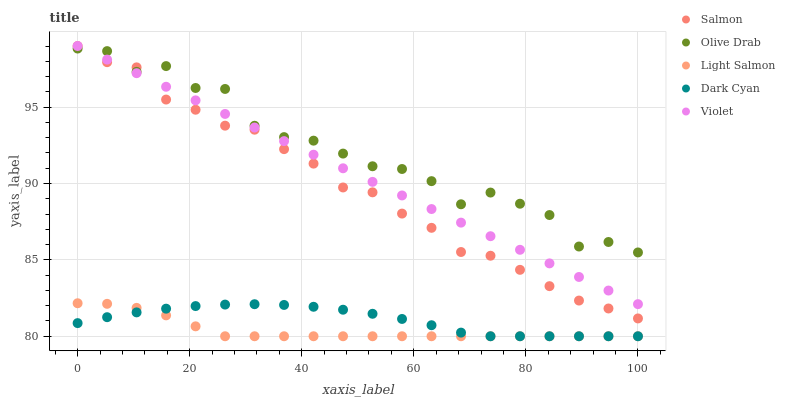
| xaxis_label | Salmon | Olive Drab | Light Salmon | Dark Cyan | Violet |
 | --- | --- | --- | --- | --- | --- |
 | 0 | 99 | 98.8 | 82.2 | 80.9 | 99 |
 | 5.26 | 97.9 | 98.7 | 82.1 | 81.2 | 98.1 |
 | 10.5 | 97.6 | 97.3 | 81.9 | 81.6 | 97.2 |
 | 15.8 | 95.5 | 97.7 | 81.4 | 81.8 | 96.3 |
 | 21.1 | 94.8 | 96.3 | 80.6 | 82 | 95.4 |
 | 26.3 | 93.8 | 96.2 | 80 | 82.1 | 94.6 |
 | 31.6 | 93.5 | 93.8 | 80 | 82.1 | 93.7 |
 | 36.8 | 92.2 | 93 | 80 | 82.1 | 92.8 |
 | 42.1 | 91.3 | 92.8 | 80 | 81.9 | 91.9 |
 | 47.4 | 89.7 | 92 | 80 | 81.7 | 91 |
 | 52.6 | 89.4 | 91.1 | 80 | 81.5 | 90.1 |
 | 57.9 | 88 | 90.9 | 80 | 81.1 | 89.2 |
 | 63.2 | 87.1 | 90.2 | 80 | 80.7 | 88.3 |
 | 68.4 | 85.5 | 88.6 | 80 | 80.2 | 87.4 |
 | 73.7 | 85.3 | 89.4 | 80 | 80 | 86.5 |
 | 78.9 | 84.3 | 88.7 | 80 | 80 | 85.7 |
 | 84.2 | 83.3 | 87.9 | 80 | 80 | 84.8 |
 | 89.5 | 82.3 | 85.9 | 80 | 80 | 83.9 |
 | 94.7 | 81.8 | 86.2 | 80 | 80 | 83 |
 | 100 | 81.2 | 85.5 | 80 | 80 | 82.1 |